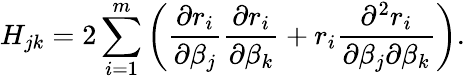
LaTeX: H_{jk}=2\sum_{i=1}^{m}\left({\frac{\partial r_{i}}{\partial\beta_{j}}}{\frac{\partial r_{i}}{\partial\beta_{k}}}+r_{i}{\frac{\partial^{2}r_{i}}{\partial\beta_{j}\partial\beta_{k}}}\right).